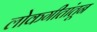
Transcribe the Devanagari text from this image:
लोकगीतांतून